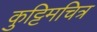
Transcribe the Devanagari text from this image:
कुट्टिमचित्र